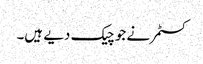
کسٹمر نے جو چیک دیے ہیں۔